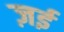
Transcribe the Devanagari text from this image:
ज़ई